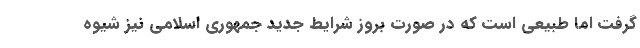
گرفت اما طبیعی است که در صورت بروز شرایط جدید جمهوری اسلامی نیز شیوه